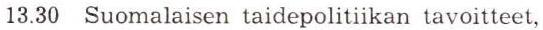
13.30 Suomalaisen taidepolitiikan tavoitteet,